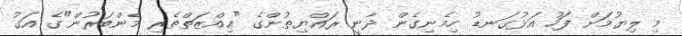
މި ލިޔުމަށް ފަހު އަޅުގަނޑު ހިމެނިގެން ދާނީ ރައްޔިތުންގެ "ޢިއްޒަތްތެރި މެންބަރުން"ގެ އަގު